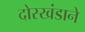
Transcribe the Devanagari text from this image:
दोरखंडाने